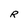
Character: R